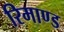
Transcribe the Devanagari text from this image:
रिमाण्ड